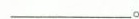
___。